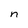
Character: n